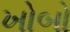
ખોબો